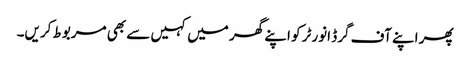
پھر اپنے آف گرڈ انورٹر کو اپنے گھر میں کہیں سے بھی مربوط کریں۔